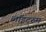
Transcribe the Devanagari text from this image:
लाइटरुम